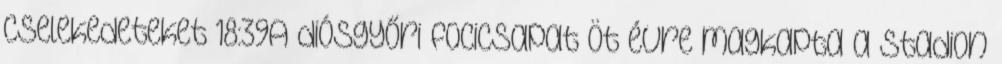
cselekedeteket 18:39A diósgyőri focicsapat öt évre magkapta a stadion